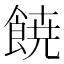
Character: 𩜙